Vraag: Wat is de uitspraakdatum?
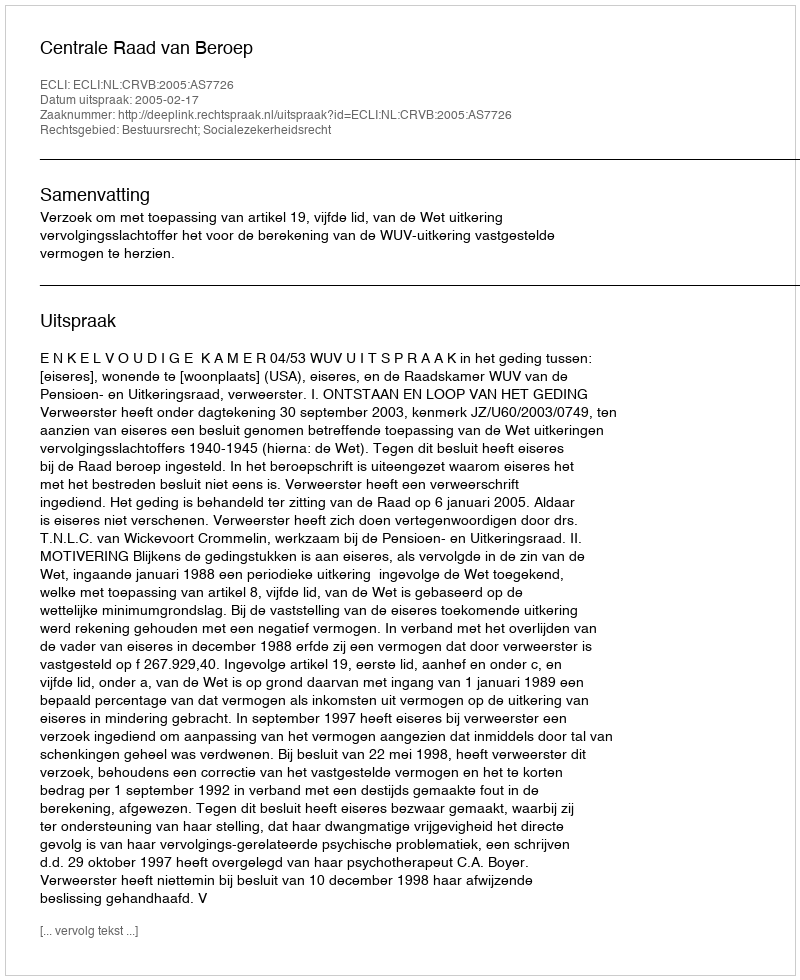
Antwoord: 2005-02-17